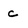
Character: c